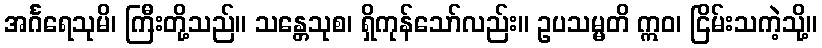
အင်္ဂရေသုမိ၊ ကြီးတို့သည်။ သန္တေသုစ၊ ရှိကုန်သော်လည်း။ ဥပသမ္မတိ ဣဝ၊ ငြိမ်းသကဲ့သို့။